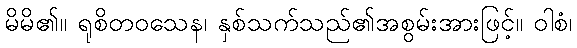
မိမိ၏။ ရုစိတဝသေန၊ နှစ်သက်သည်၏အစွမ်းအားဖြင့်။ ဝါစံ၊